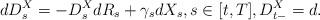
LaTeX: \begin{align*}dD^X_s = -D^X_sdR_s + \gamma_s dX_s, s \in [t,T], D^X_{t-}=d.\end{align*}